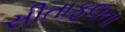
સીતાફલના